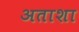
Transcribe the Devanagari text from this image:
अताशा